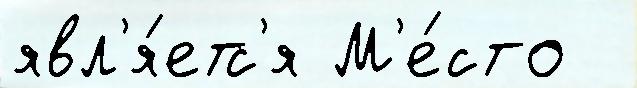
явл'я́етс'я М'е́сто